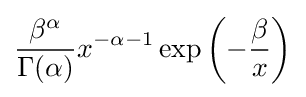
{\frac {\beta ^{\alpha }}{\Gamma (\alpha )}}x^{-\alpha -1}\exp \left(-{\frac {\beta }{x}}\right)